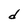
Character: d